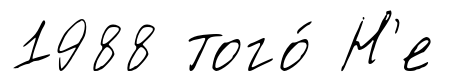
1988 того́ Н'е